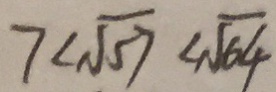
7 < \sqrt { 5 7 } < \sqrt { 6 4 }